Lunatic asylums United Provinces 1909-1921 - 1909-1921
Year: 1909
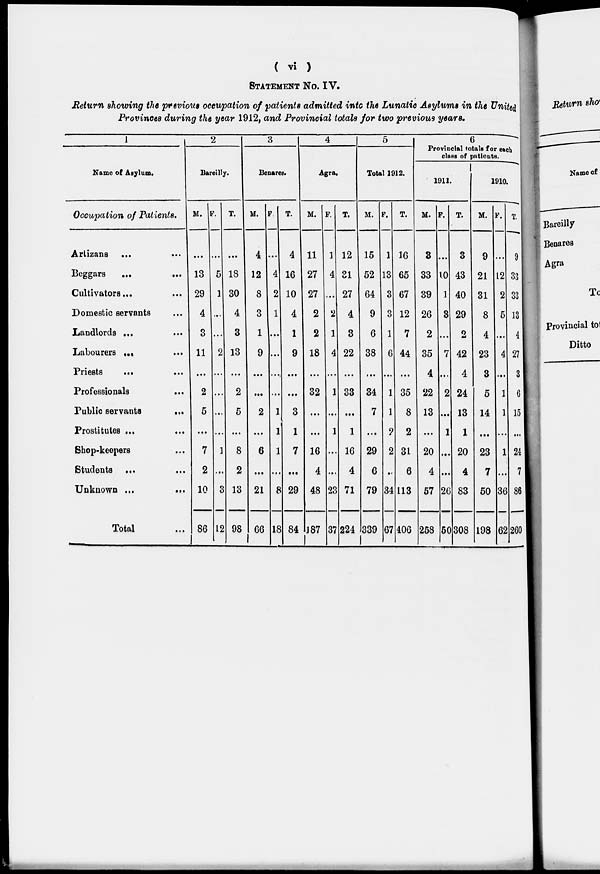
( vi )
STATEMENT No. IV.
Return showing the previous occupation of patients admitted into the Lunatic Asylums in the United
Provinces during the year 1912, and Provincial totals for two previous years.
1
Name of Asylum.
Occupation of Patients.
Artizans
...
...
Beggars
...
...
Cultivators ... ...
Domestic servants ...
Landlords ... ...
Labourers ... ...
Priests ... ...
Professionals
...
Public servants
...
Prostitutes ... ...
Shop-keepers ... ...
Students ... ...
Unknown
...
...
Total ...
2
Bareilly.
M.
...
13
29
4
3
11
...
2
5
...
7
2
10
86
F.
...
5
1
...
...
2
...
...
...
...
1
...
3
12
T.
...
18
30
4
3
13
...
2
5
...
8
2
13
98
3
Benares.
M.
4
12
8
3
1
9
...
...
2
...
6
...
21
66
F.
...
4
2
1
...
...
...
...
1
1
1
...
8
18
T.
4
16
10
4
1
9
...
...
3
1
7
...
29
84
4
Agra.
M.
11
27
27
2
2
18
...
32
...
...
16
4
48
187
F.
1
4
...
2
1
4
...
1
...
1
...
...
23
37
T.
12
31
27
4
3
22
...
33
...
1
16
4
71
224
5
Total 1912.
M.
15
52
64
9
6
38
...
34
7
...
29
6
79
339
F.
1
13
3
3
1
6
...
1
1
2
2
...
34
67
T.
16
65
67
12
7
44
...
35
8
2
31
6
113
406
6
Provincial totals for each
class of patients.
1911.
M.
3
33
39
26
2
35
4
22
13
...
20
4
57
258
F.
...
10
1
3
...
7
...
2
...
1
...
...
26
50
T.
3
43
40
29
2
42
4
24
13
1
20
4
83
308
1910.
M.
9
21
31
8
4
23
3
5
14
...
23
7
50
198
F.
...
12
2
5
...
4
...
1
...
...
1
...
36
62
T.
9
33
33
13
4
27
3
6
15
...
24
7
86
260